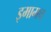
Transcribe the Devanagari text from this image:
इमामच